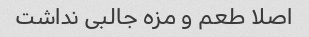
اصلا طعم و مزه جالبی نداشت